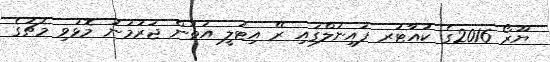
ޔޫރޯ 2016ގެ ކުއާޓަރ ފައިނަލްގައި ރޭ އިޓަލީ އަތުން ޖަރުމަނު މޮޅުވި މެޗުގެ